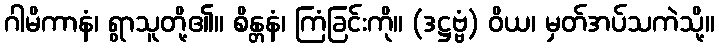
ဂါမိကာနံ၊ ရွာသူတို့၏။ စိန္တနံ၊ ကြံခြင်းကို။ (ဒဋ္ဌဗ္ဗံ) ဝိယ၊ မှတ်အပ်သကဲသို့။